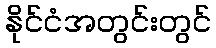
နိုင်ငံအတွင်းတွင်